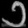
Digit: ၁